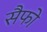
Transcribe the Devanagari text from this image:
सैफो